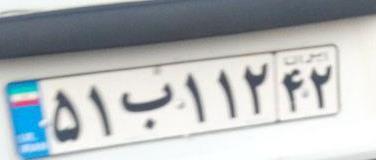
۵۱ب۱۱۲۴۲